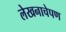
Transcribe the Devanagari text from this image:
लेखनाचेपण